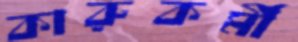
কারুকর্মী